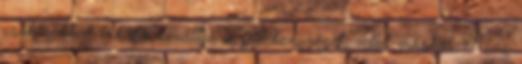
csók sokkal inkább kiváltja a féltékenységet, mint máshol. Más